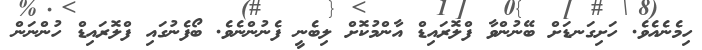
ހިމެނެއެވެ. ހަށިގަނޑަށް ބޭނުންވާ ފްލޮރައިޑް އާންމުކޮށް ލިބެނީ ފެނުންނެވެ. ބޯފެނުގައި ފްލޮރައިޑް ހުންނަން